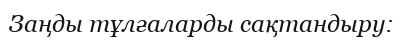
Заңды тұлғаларды сақтандыру: